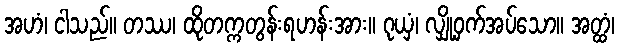
အဟံ၊ ငါသည်။ တဿ၊ ထိုတက္ကတွန်းရဟန်းအား။ ဂုယှံ၊ လျှို့ဝှက်အပ်သော။ အတ္ထံ၊